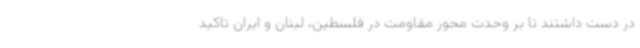
در دست داشتند تا بر وحدت محور مقاومت در فلسطین، لبنان و ایران تاکید